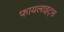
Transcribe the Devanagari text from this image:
फायलाइट्स